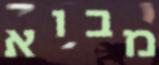
מבוא